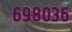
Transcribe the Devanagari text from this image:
६९८०३६